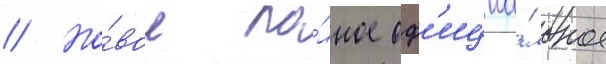
// Но́вое по́лное оф'ициа́льное